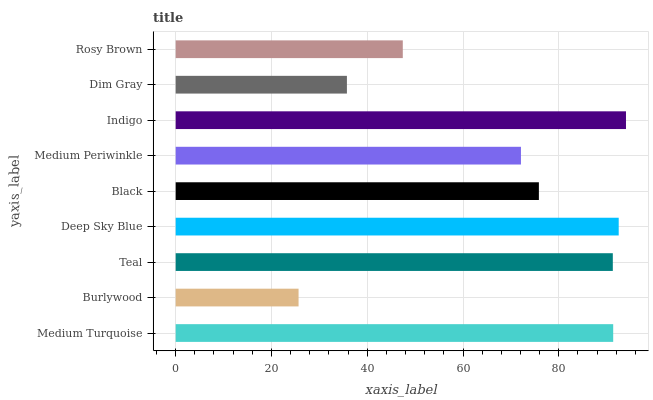
| yaxis_label | bars |
 | --- | --- |
 | Medium Turquoise | 91.4 |
 | Burlywood | 25.7 |
 | Teal | 91.3 |
 | Deep Sky Blue | 92.5 |
 | Black | 75.8 |
 | Medium Periwinkle | 72.1 |
 | Indigo | 94 |
 | Dim Gray | 35.8 |
 | Rosy Brown | 47.4 |